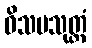
ဝိသမသုတ္တံ